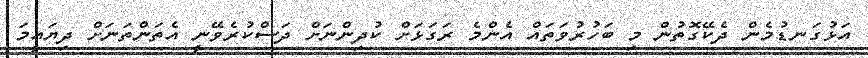
އަޅުގަނޑުމެން ދެކޭގޮތުން މި ބަހުރުވަތައް އެންމެ ރަގަޅަށް ކުދިންނަށް ދަސްކުރެވޭނީ އެތަންތަނަށް ދިޔައީމަ